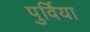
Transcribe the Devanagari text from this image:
पुर्विया